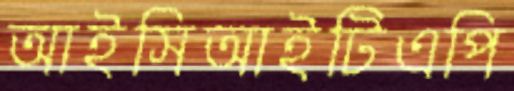
আইসিআইটিএপি